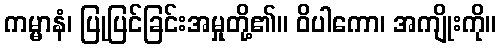
ကမ္မာနံ၊ ပြုပြင်ခြင်းအမှုတို့၏။ ဝိပါကော၊ အကျိုးကို။